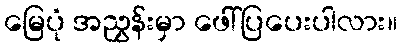
မြေပုံ အညွှန်းမှာ ဖေါ်ပြပေးပါလား။